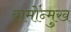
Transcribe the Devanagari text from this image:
वामोन्मुख